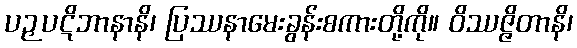
ပဉှပဋိဘာနာနိ၊ ပြဿနာမေးခွန်းစကားတို့ကို။ ဝိဿဇ္ဇိတာနိ၊